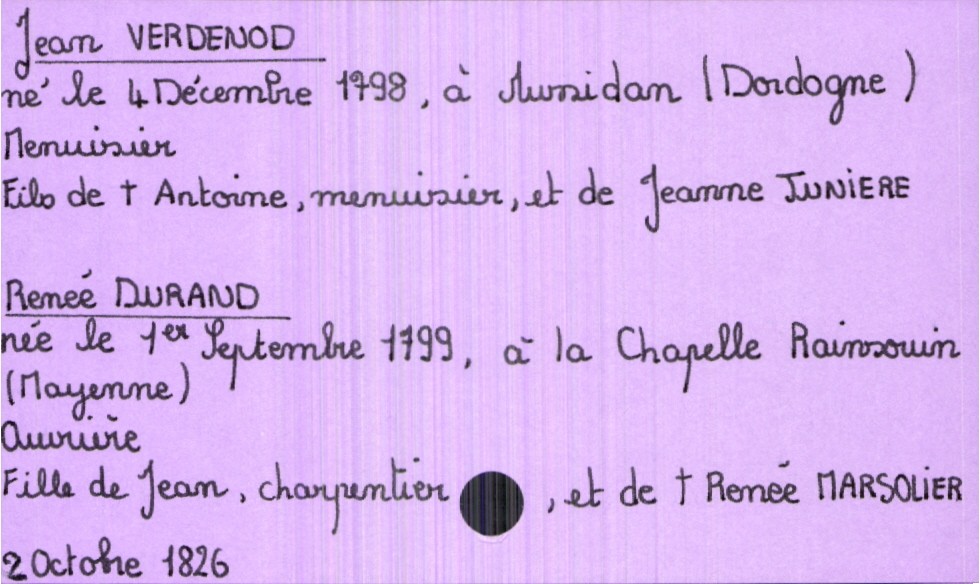
type_acte: Mariage
année: 1826
mois: octobre
jour: 2
marié_nom: Verdenod
marié_prénom: Jean
marié_profession: menuisier
marié_date_de_naissance: 4 décembre 1798
marié_lieu_de_naissance: Mussidan (Dordogne)
père_marié_nom: Verdenod
père_marié_prénom: Antoine
père_marié_profession: menuisier
père_marié_statut: décédé
mère_marié_nom: Juniere
mère_marié_prénom: Jeanne
mariée_nom: Durand
mariée_prénom: Renée
mariée_profession: ouvrière
mariée_date_de_naissance: 1er septembre 1799
mariée_lieu_de_naissance: La Chapelle Rainssoin (Mayenne)
père_mariée_nom: Durand
père_mariée_prénom: Jean
père_mariée_profession: charpentier
mère_mariée_nom: Marsolier
mère_mariée_prénom: Renée
mère_mariée_statut: décédée